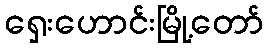
ရှေးဟောင်းမြို့တော်